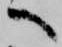
へ